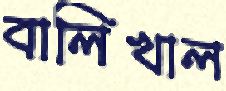
বালিখাল